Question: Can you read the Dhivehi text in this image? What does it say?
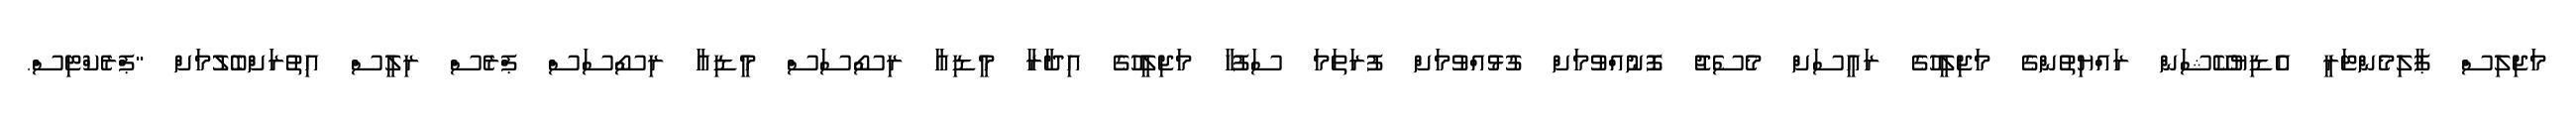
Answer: މަޖިލިސް ޕާލިމެންޓަރީ އެޑިޔުކޭޝަން ރައްޔިތުންގެ މަޖިލީހުގެ ރައީސަށް މެސެޖު ފޮނުއްވުމަށް ގުޅުއްވުމަށް ފުރަތަމަ ސަފުހާ މަޖިލީހުގެ އިދާރާ މީޑިއާ ރިސޯސަސް މީޑިއާ ރިސޯސަސް ޕްރެސް ރިލީސް އިތުރަށްބެލުމަށް "ޕްރެކްޓިސް.